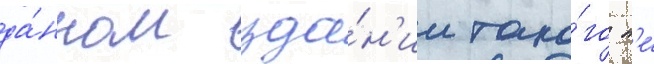
да́нном зда́н'ии тако́го н'е́